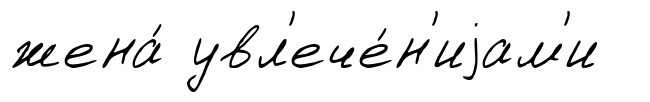
жена́ увл'ече́н'иjам'и